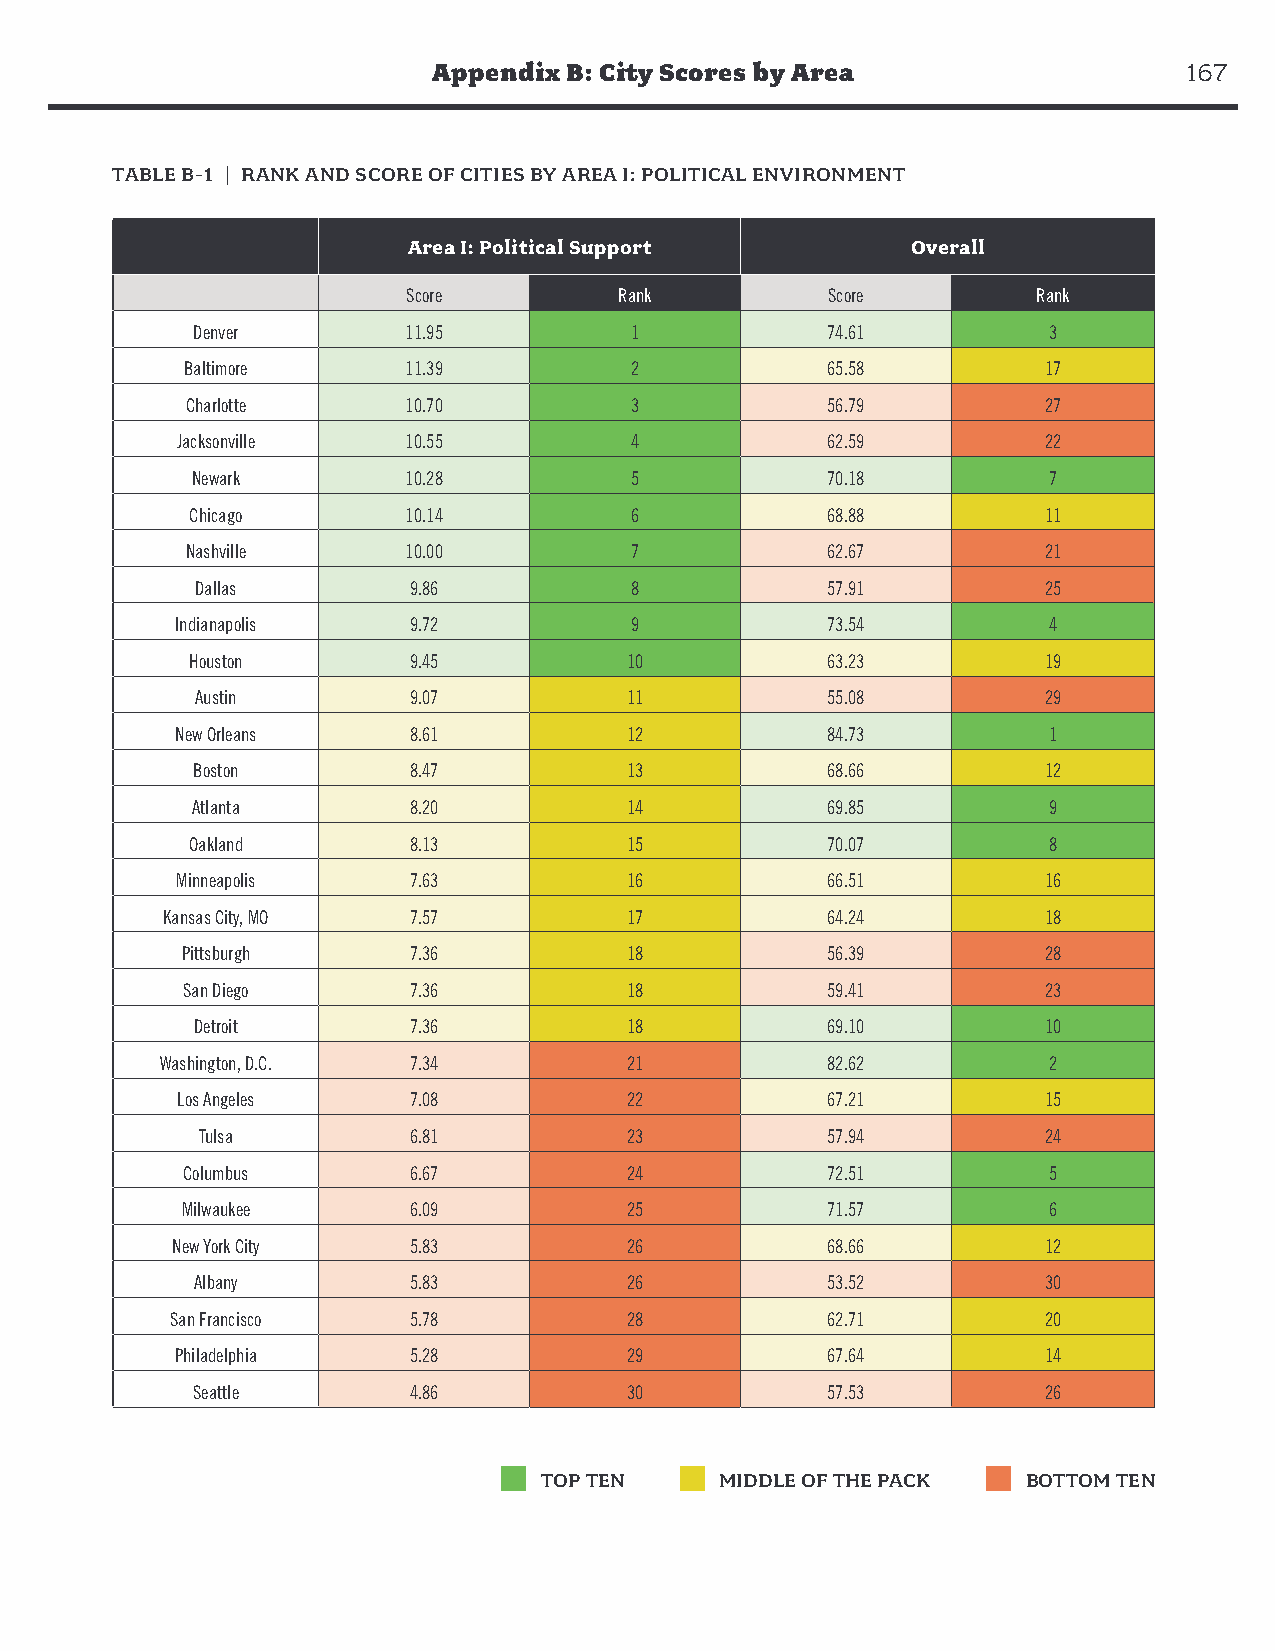
Appendix B: City Scores by Area                   167
 TABLE B-1 | RANK AND SCORE OF CITIES BY AREA I: POLITICAL ENVIRONMENT
 Area I: Political Support        Overall
 Score         Rank          Score         Rank
 Denver        11.95          1            74.61         3
 Baltimore      11.39          2            65.58         17
 Charlotte      10.70          3            56.79         27
 Jacksonville   10.55          4            62.59         22
 Newark        10.28          5            70.18         7
 Chicago       10.14          6            68.88         11
 Nashville      10.00          7            62.67         21
 Dallas        9.86           8            57.91         25
 Indianapolis   9.72           9            73.54         4
 Houston       9.45          10            63.23         19
 Austin        9.07          11            55.08         29
 New Orleans    8.61          12            84.73         1
 Boston        8.47          13            68.66         12
 Atlanta       8.20          14            69.85         9
 Oakland       8.13          15            70.07         8
 Minneapolis    7.63          16            66.51         16
 Kansas City, MO 7.57          17            64.24         18
 Pittsburgh     7.36          18            56.39         28
 San Diego      7.36          18            59.41         23
 Detroit       7.36          18            69.10         10
 Washington, D.C. 7.34         21            82.62         2
 Los Angeles    7.08          22            67.21         15
 Tulsa         6.81          23            57.94         24
 Columbus       6.67          24            72.51         5
 Milwaukee      6.09          25            71.57         6
 New York City   5.83          26            68.66         12
 Albany        5.83          26            53.52         30
 San Francisco   5.78          28            62.71         20
 Philadelphia   5.28          29            67.64         14
 Seattle       4.86          30            57.53         26
 TOP TEN     MIDDLE OF THE PACK  BOTTOM TEN